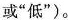
或”低”)。